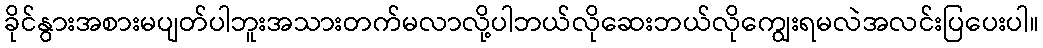
ခိုင်နွားအစားမပျတ်ပါဘူးအသားတက်မလာလို့ပါဘယ်လိုဆေးဘယ်လိုကျွေးရမလဲအလင်းပြပေးပါ။